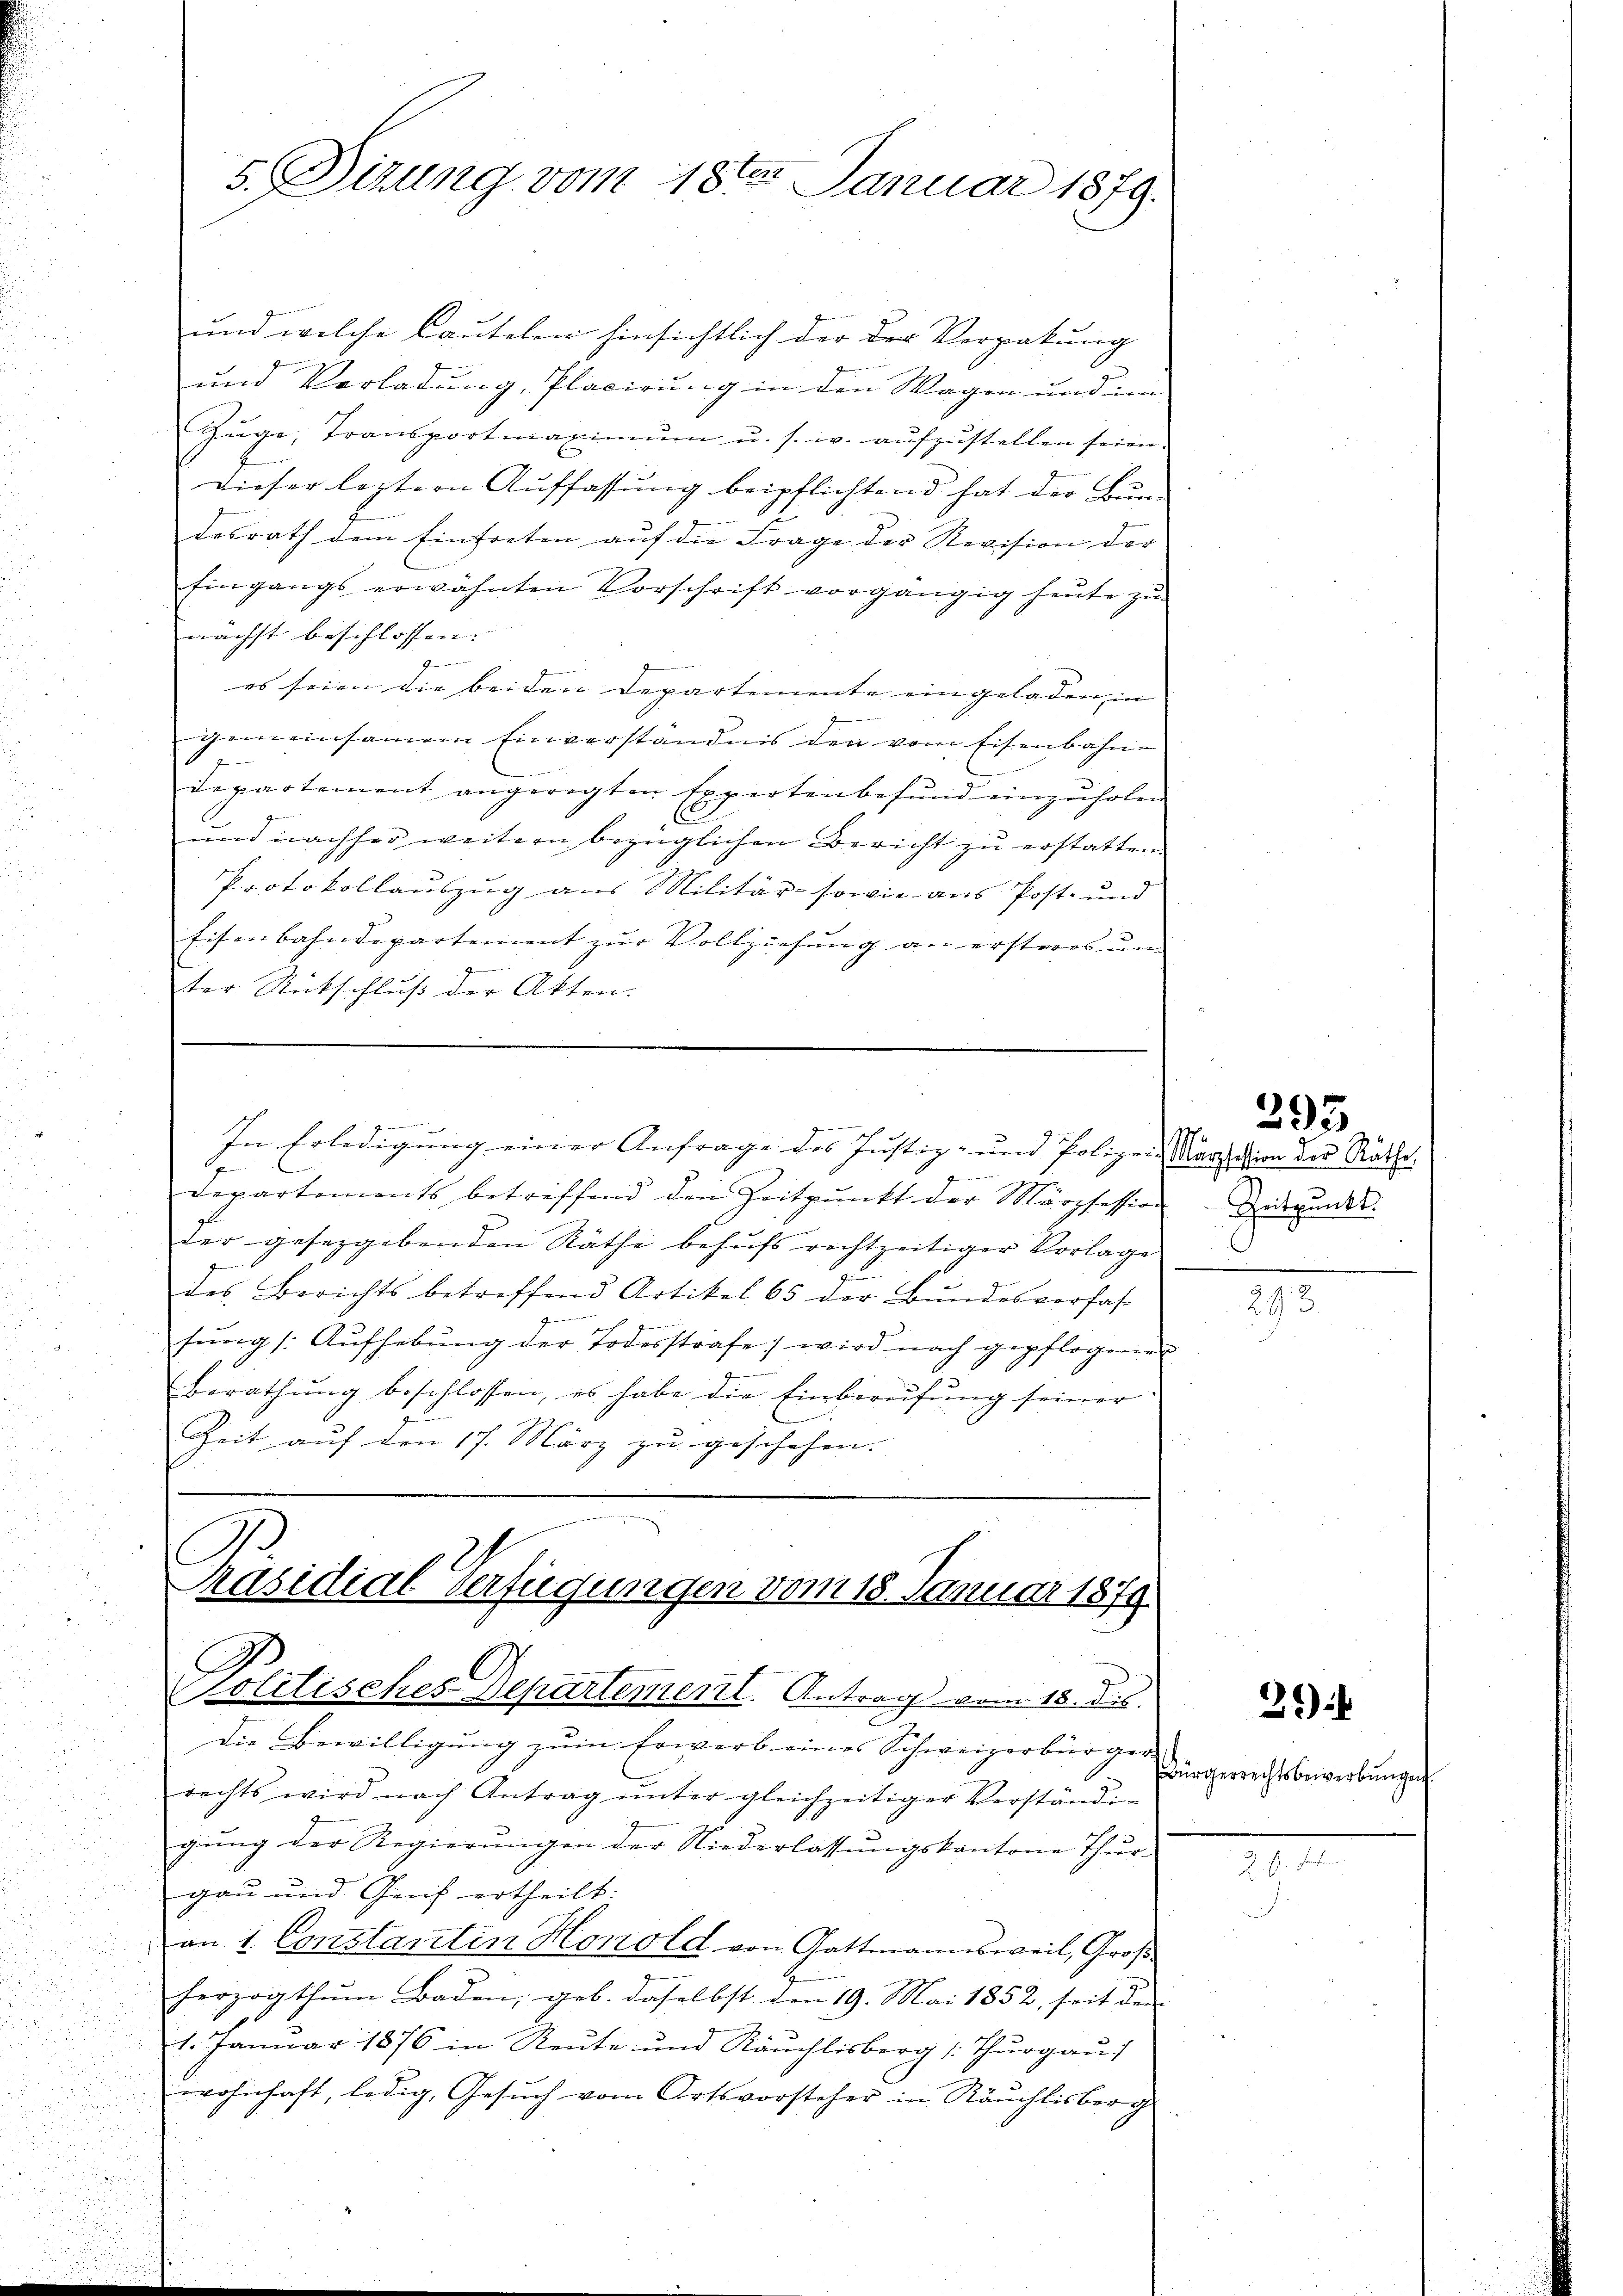
5. Sirung vom 18ten Januar 1879.

und welche Cautelen hinsichtlich der der Verpakung
und Verladung, Placirung in den Wagen und im
Zŭge, Transportmaximŭm u. s. w. aŭfzŭstellen seien.
dieser leztern Auffassung beipflichtend hat der Bundosrath dem Eintreten auf die Frage der Revision der |
Eingangs erwähnten Vorschrift vorgängig heŭte zŭ
nächst beschlossen:

es seien die beiden Departemente eingeladen, in
gemeinsamem Einverständnis den vom Eisenbahn-
Departement angeregten Expertenbefund einzuholen
E
und nachher weitern bezüglichen Bericht zu erstatten.
Protokollauszug aus Militär- sowie aus Post- und
Eisenbahndepartement zur Vollziehung an ersteres un
ter Rückschluß der Akten.
In Erledigung einer Anfrage des Justiz- und Polizeiarzation der Rathe
g
Departements betreffend den Zeitpunkt der Marpfession. Lederunds
der gesetzgebenden Räthe behufs rechtzeitiger Vorlage
des Berichts betreffend Artikel 65 der Bundesverfas-
9
sŭng /: Aŭfhebŭng der Todesstrafe; wird nach gepflogener
Berathŭng beschlossen, es habe die Einberufung seiner
Zeit auf den 17. März zu geschehen.

Präsidial-Verfügungen vom 18. Januar 1879

Politisches Departement. Antrag vom 18. ds.
Die Bewilligung zum Erwerb eines Schweizerbürger
rechts wird nach Antrag unter gleichzeitiger Verständigung der Regierungen der Niederlassungskantone Thur-
gau und Genf ertheilt:
an 1. Constantin Honold von Gattmannsweil, Groß
herzogthum Baden, geb. daselbst den 19. Mai 1852, seit den
1. Januar 1876 in Reute und Räuchlisberg (Thurgau)
wohnhaft, ledig, Gesŭch vom Ortsvorsteher in Räuchlisberg

295

275.

29)

bürgerrechtsbewerbunge

24 d

.